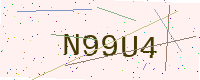
Text: N99U4